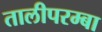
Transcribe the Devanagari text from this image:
तालीपरम्बा